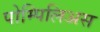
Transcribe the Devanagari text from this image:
पोम्पिलिअस